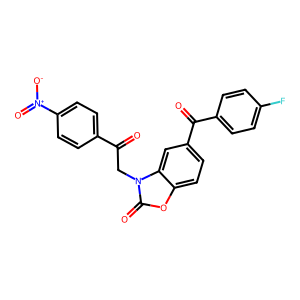
SMILES: O=C(Cn1c(=O)oc2ccc(C(=O)c3ccc(F)cc3)cc21)c1ccc([N+](=O)[O-])cc1
Inhibits HIV replication: No